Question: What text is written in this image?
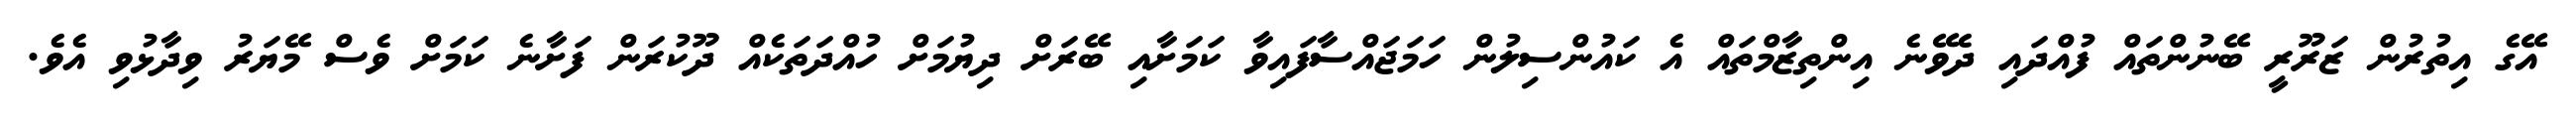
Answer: އޭގެ އިތުރުން ޒަރޫރީ ބޭނުންތައް ފުއްދައި ދެވޭނެ އިންތިޒާމްތައް އެ ކައުންސިލުން ހަމަޖައްސާފައިވާ ކަމަށާއި ބޭރަށް ދިޔުމަށް ހުއްދަތަކެއް ދޫކުރަން ފަށާނެ ކަމަށް ވެސް މޭޔަރު ވިދާޅުވި އެވެ.